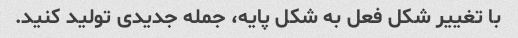
با تغییر شکل فعل به شکل پایه، جمله جدیدی تولید کنید.